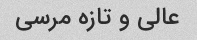
عالی و تازه مرسی